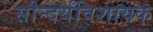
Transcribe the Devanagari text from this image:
सौन्दर्यविशायक